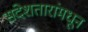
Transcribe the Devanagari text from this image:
संदेशतारांमधून